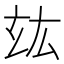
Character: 𤣦